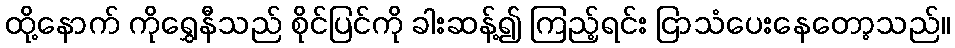
ထို့နောက် ကိုရွှေနီသည် စိုင်ပြင်ကို ခါးဆန့်၍ ကြည့်ရင်း ငြာသံပေးနေတော့သည်။